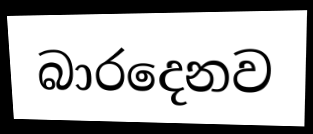
බාරදෙනව